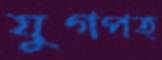
যুগপত্